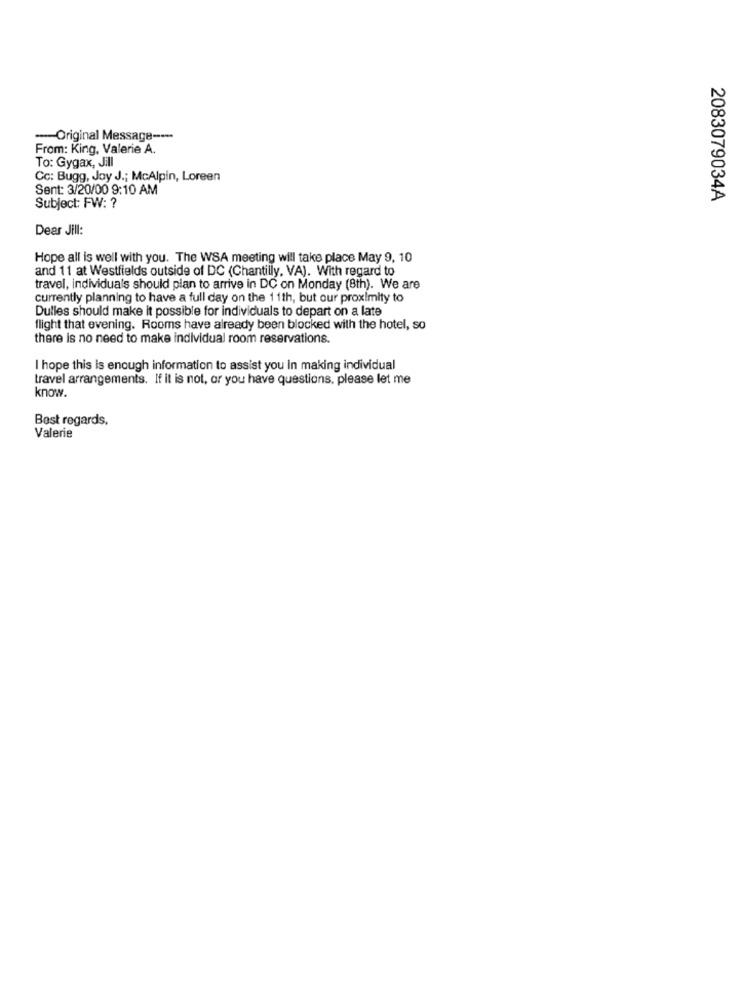
-Original Message ----
From: King, Valerie A.
To: Gygax, Jill
Cc: Bugg, Joy J .; McAlpin, Loreen
Sent: 3/20/00 9:10 AM
2083079034A
Subject: FW: ?
Dear Jill:
Hope all is well with you. The WSA meeting will take place May 9, 10
and 11 at Westfields outside of DC (Chantilly, VAJ. With regard to
travel, individuals should plan to arrive in DC on Monday (8th). We are
currently planning to have a full day on the 11th, but our proximity to
Dulles should make it possible for individuals to depart on a late
flight that evening. Rooms have already been blocked with the hotel, so
there is no need to make individual room reservations.
I hope this is enough information to assist you In making individual
travel arrangements. If it is not, or you have questions, please let me
know.
Best regards.
Valerie